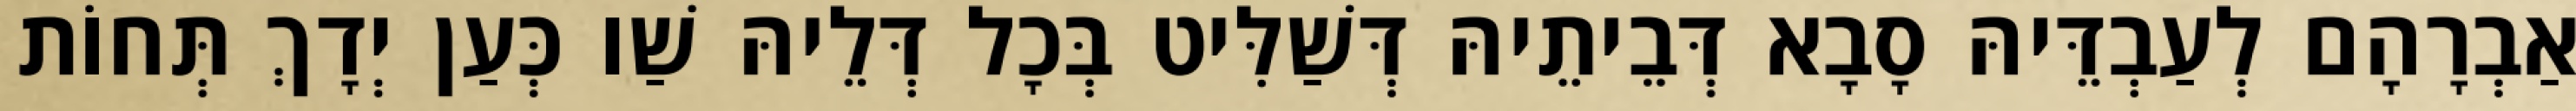
אַבְרָהָם לְעַבְדֵּיהּ סָבָא דְּבֵיתֵיהּ דְּשַׁלִּיט בְּכָל דְּלֵיהּ שַׁו כְּעַן יְדָךְ תְּחוֹת